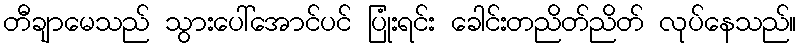
တီချာမေသည် သွားပေါ်အောင်ပင် ပြုံးရင်း ခေါင်းတညိတ်ညိတ် လုပ်နေသည်။